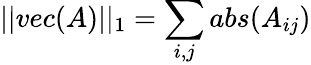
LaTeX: ||vec(A)||_{1}=\sum_{i,j}abs(A_{ij})